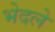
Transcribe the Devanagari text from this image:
भेदले